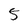
Character: 5